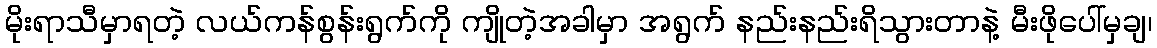
မိုးရာသီမှာရတဲ့ လယ်ကန်စွန်းရွက်ကို ကျိုတဲ့အခါမှာ အရွက် နည်းနည်းရိသွားတာနဲ့ မီးဖိုပေါ်မှချ၊